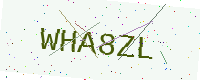
Text: WHA8ZL